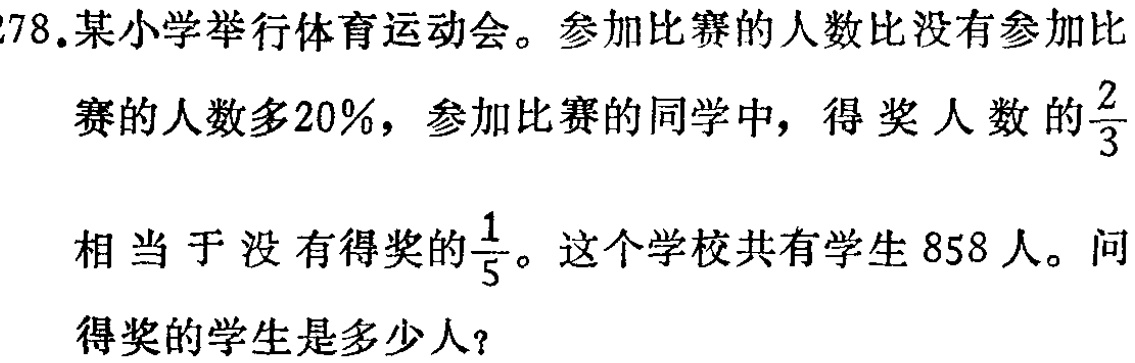
278.某小学举行体育运动会。参加比赛的人数比没有参加比

赛的人数多20%，参加比赛的同学中，得奖人数的$\frac{2}{3}$

相当于没有得奖的$\frac{1}{5}$。这个学校共有学生858人。问

得奖的学生是多少人？